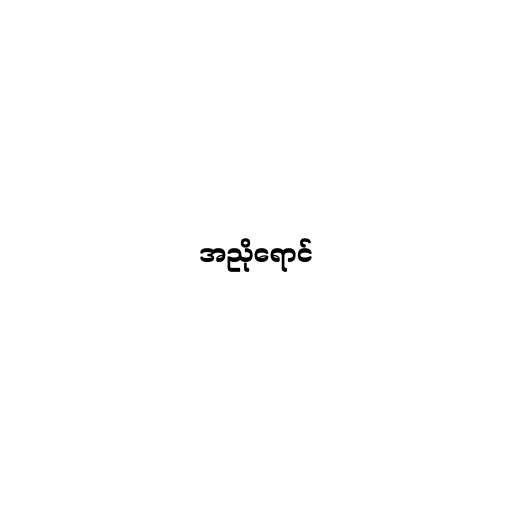
အညိုရောင်